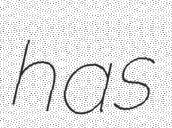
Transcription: has